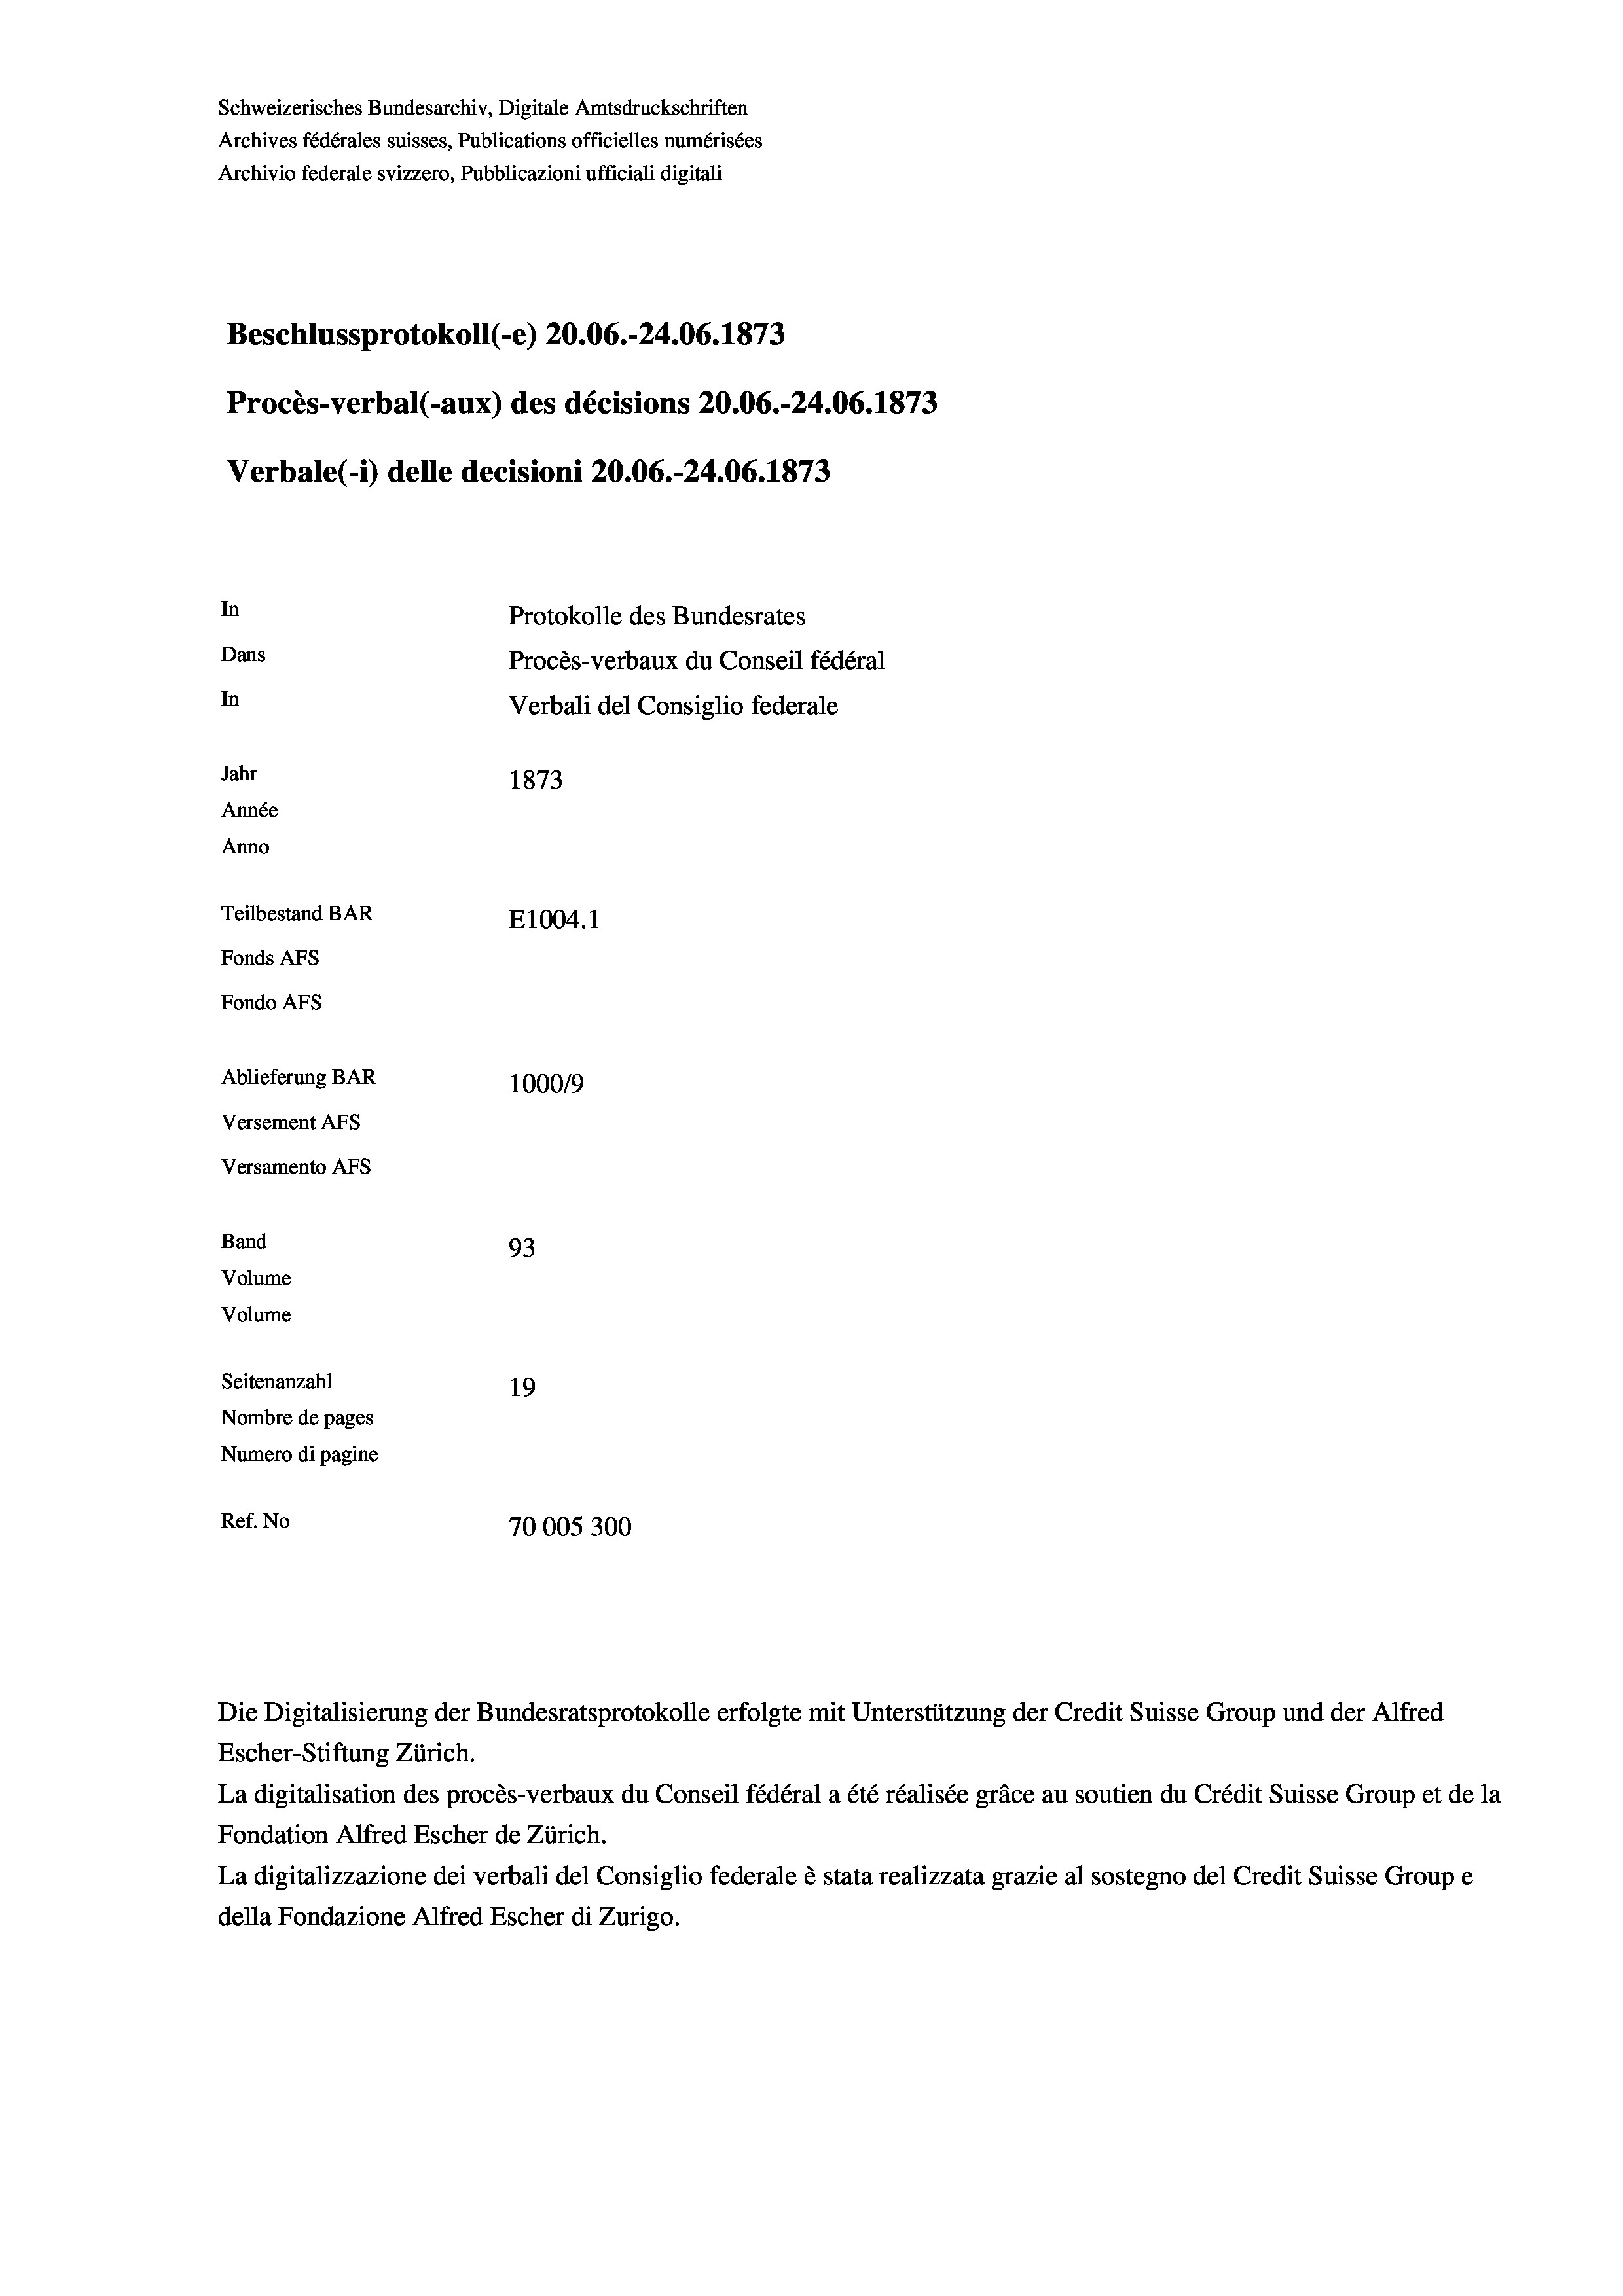
Schweizerisches Bundesarchiv, Digitale Amtsdruckschriften
Archives fédérales suisses, Publications officielles numérisées
Archivio federale svizzero, Pubblicazioni ufficiali digitali
Beschlussprotokoll (-e) 20.06.-24.06. 1873
Procès-verbal (-aux) des décisions 20.06.-24.06. 1873
Verbale(-*) delle decisioni 20.06.-24.06. 1873
In
Protokolle des Bundesrates
Dans
Procès-verbaux du Conseil fédéral
In
Verbali del Consiglio federale
Jahr
1873
Année
Anno
Teilbestand BAR
E1004.1
Fonds Afs
Fondo Afs
Ablieferung BAR
100019
Versement AFs
Versamento AFs
Band
93
Volume
Volume
Seitenanzahl
19
Nombre de pages
Numero di pagine
Ref. No
70005300

Die Digitalisierung der Bundesratsprotokolle erfolgte mit Unterstützung der Credit Suisse Group und der Alfred
Escher-Stiftung Zürich.
La digitalisation des procès-verbaux du Conseil fédéral a été réalisée gräce au soutien du Crédit Suisse Group et de la
Fondation Alfred Escher de Zürich.
La digitalizzazione dei verbali del Consiglio federale è stata realizzata grazie al sostegno del Credit Suisse Groupe
della Fondazione Alfred Escher di Zurigo.